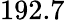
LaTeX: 192.7